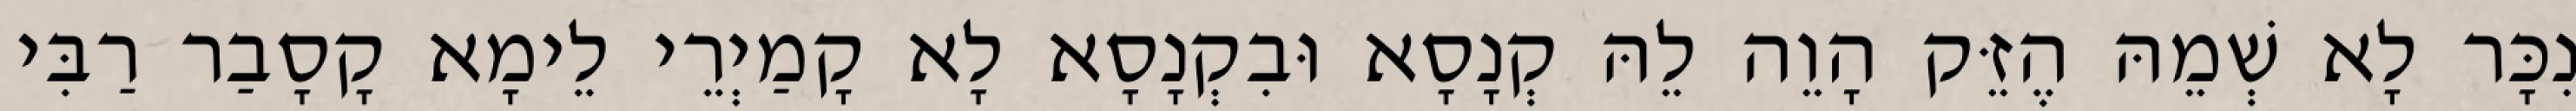
נִכָּר לָא שְׁמֵהּ הֶזֵּק הָוֵה לֵהּ קְנָסָא וּבִקְנָסָא לָא קָמַיְרֵי לֵימָא קָסָבַר רַבִּי